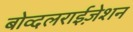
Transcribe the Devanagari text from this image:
बोव्दलराईज़ेशन